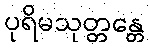
ပုရိမသုတ္တန္တေ